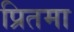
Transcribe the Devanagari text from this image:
प्रितमा